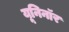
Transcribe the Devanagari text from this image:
यूनिनॉर